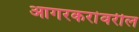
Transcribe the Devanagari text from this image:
आगरकरांवरील